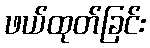
ဖယ်ထုတ်ခြင်း